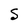
Character: S